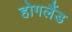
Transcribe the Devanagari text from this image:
होगलैंड